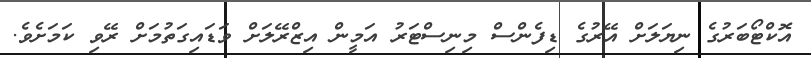
އޮކްޓޯބަރުގެ ނިޔަލަށް އޭރުގެ ޑިފެންސް މިނިސްޓަރު އަމީން އިޒްރޭލަށް ވަޑައިގަތުމަށް ރޭވި ކަމަށެވެ.